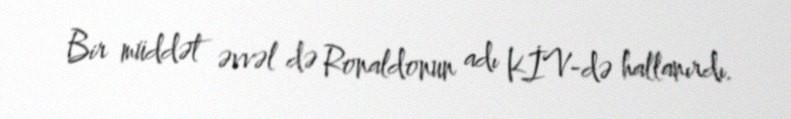
Bir müddət əvvəl də Ronaldonun adı KİV-də hallanırdı.